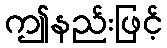
ဤနည်းဖြင့်